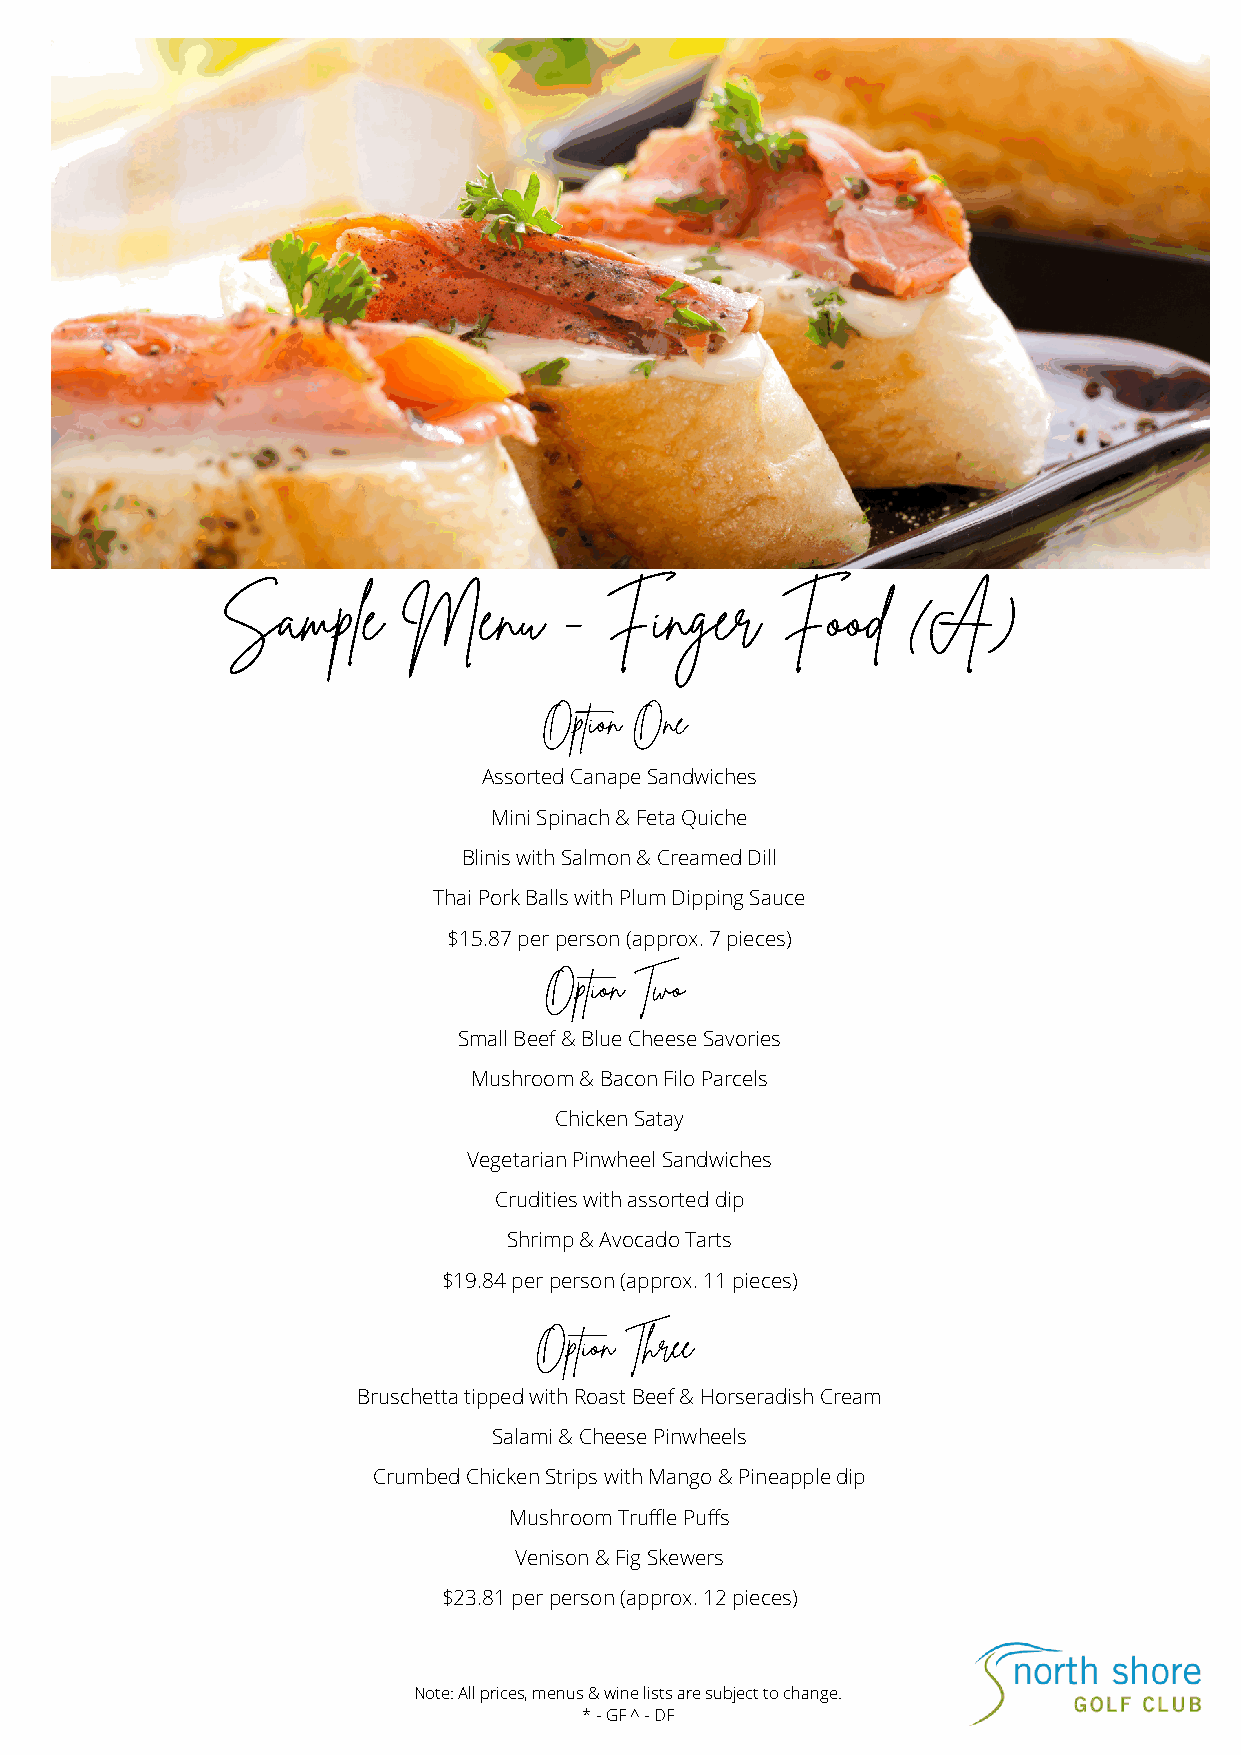
Sample      Menu      -  Finger      Food    (A)
 Option One
 Assorted Canape Sandwiches
 Mini Spinach & Feta Quiche
 Blinis with Salmon & Creamed Dill
 Thai Pork Balls with Plum Dipping Sauce
 $15.87 per person (approx. 7 pieces)
 Option Two
 Small Beef & Blue Cheese Savories
 Mushroom & Bacon Filo Parcels
 Chicken Satay
 Vegetarian Pinwheel Sandwiches
 Crudities with assorted dip
 Shrimp & Avocado Tarts
 $19.84 per person (approx. 11 pieces)
 Option Three
 Bruschetta tipped with Roast Beef & Horseradish Cream
 Salami & Cheese Pinwheels
 Crumbed Chicken Strips with Mango & Pineapple dip
 Mushroom Truffle Puffs
 Venison & Fig Skewers
 $23.81 per person (approx. 12 pieces)
 Note: All prices, menus & wine lists are subject to change.
 * - GF ^ - DF